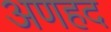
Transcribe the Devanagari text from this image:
अणहद